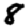
Digit: 8